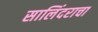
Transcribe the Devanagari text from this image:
सालिंदराचा